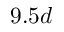
9 . 5 d